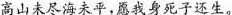
高山未尽海未平，愿我身死子还生。